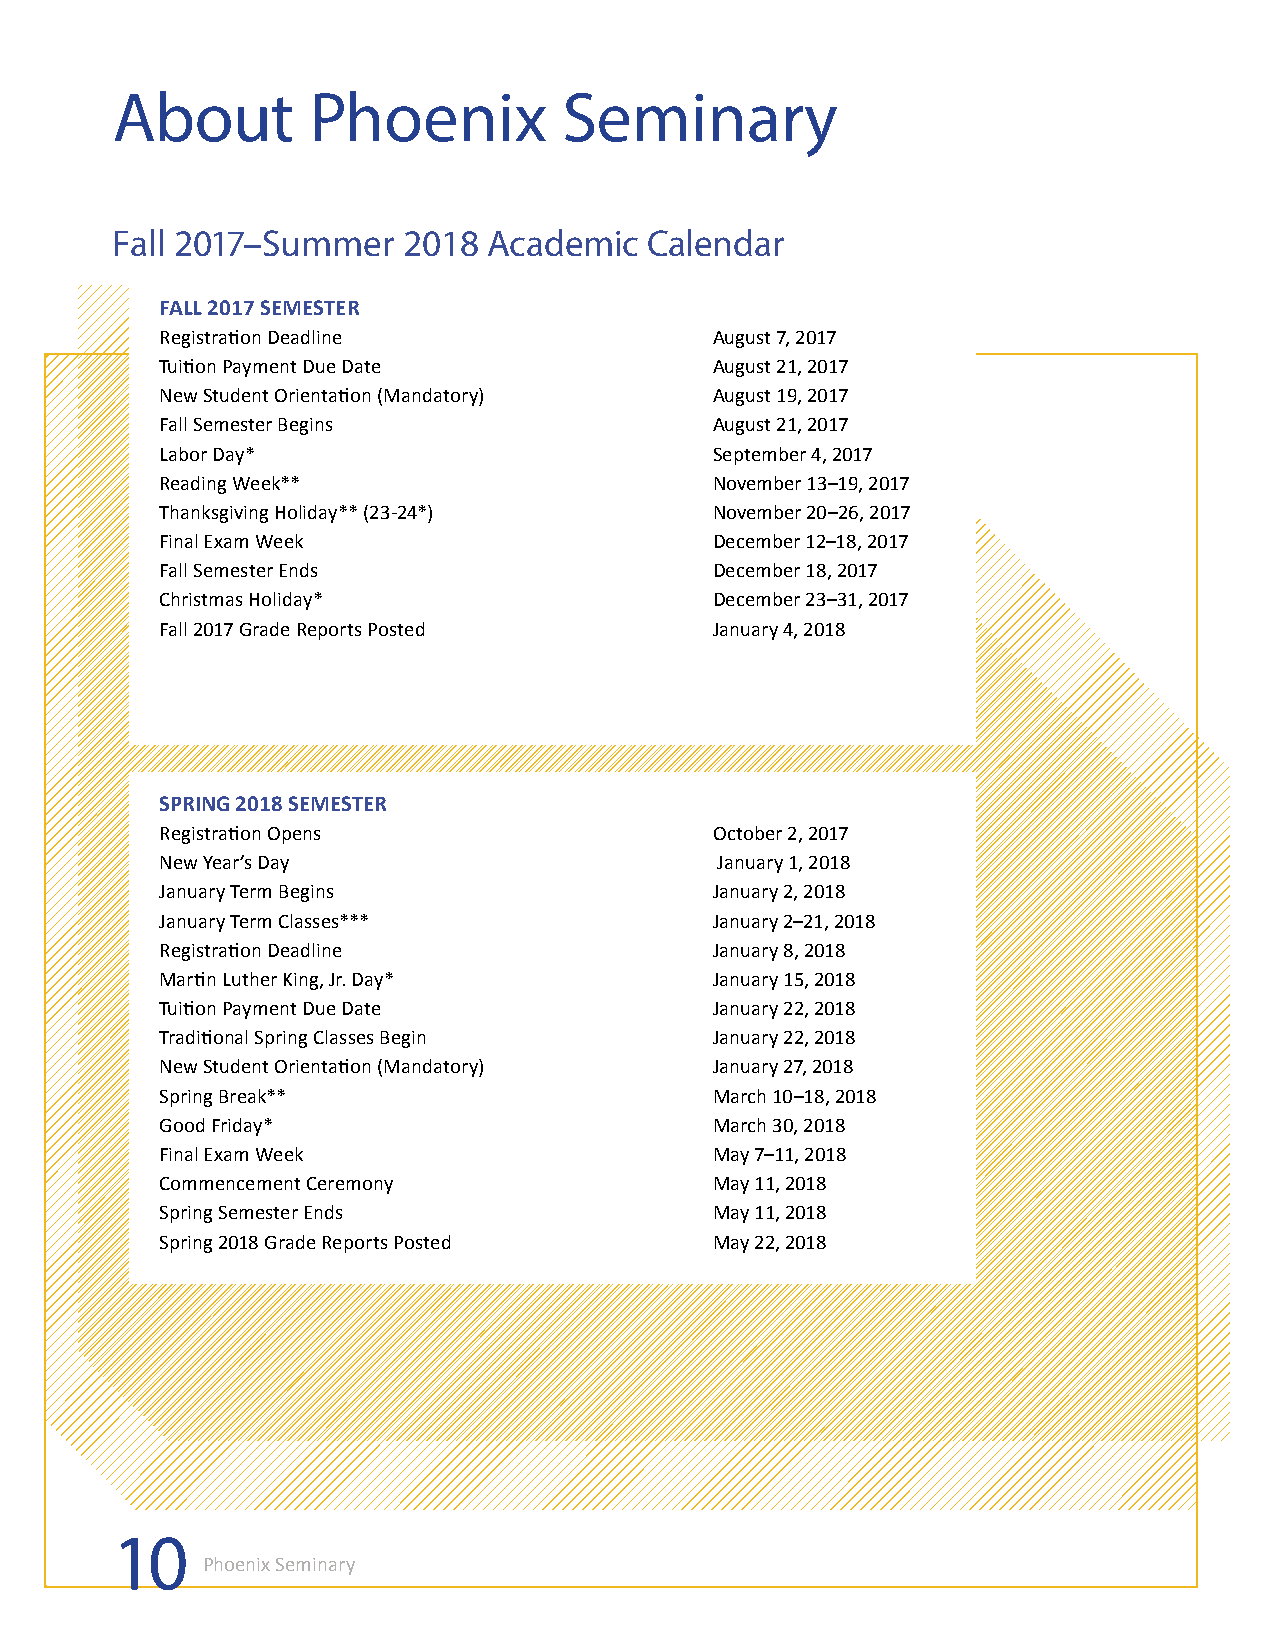
About        Phoenix          Seminary
 Fall 2017–Summer    2018 Academic   Calendar
 FALL 2017 SEMESTER
 Registration Deadline               August 7, 2017
 Tuition Payment Due Date            August 21, 2017
 New Student Orientation (Mandatory) August 19, 2017
 Fall Semester Begins                August 21, 2017
 Labor Day*                          September 4, 2017
 Reading Week**                      November 13–19, 2017
 Thanksgiving Holiday** (23-24*)     November 20–26, 2017
 Final Exam Week                     December 12–18, 2017
 Fall Semester Ends                  December 18, 2017
 Christmas Holiday*                  December 23–31, 2017
 Fall 2017 Grade Reports Posted      January 4, 2018
 SPRING 2018 SEMESTER
 Registration Opens                  October 2, 2017
 New Year’s Day                       January 1, 2018
 January Term Begins                 January 2, 2018
 January Term Classes***             January 2–21, 2018
 Registration Deadline               January 8, 2018
 Martin Luther King, Jr. Day*        January 15, 2018
 Tuition Payment Due Date            January 22, 2018
 Traditional Spring Classes Begin    January 22, 2018
 New Student Orientation (Mandatory) January 27, 2018
 Spring Break**                      March 10–18, 2018
 Good Friday*                        March 30, 2018
 Final Exam Week                     May 7–11, 2018
 Commencement Ceremony               May 11, 2018
 Spring Semester Ends                May 11, 2018
 Spring 2018 Grade Reports Posted    May 22, 2018
 10
 Phoenix Seminary